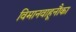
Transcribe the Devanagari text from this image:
विमानवाहूनौका